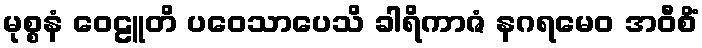
မုစ္စနံ ဝေဠူတိ ပဝေသာပေသိ ခါရိကာဇံ နဂရမေဝ အဝီစိံ